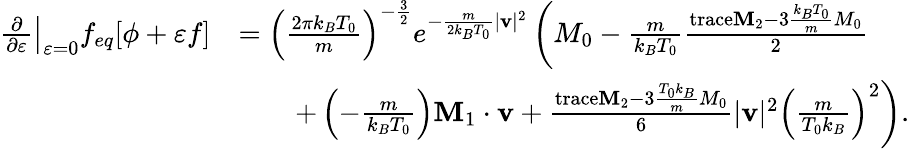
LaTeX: \begin{array}{rl}{\left.\frac{\partial}{\partial\varepsilon}\right|_{\varepsilon=0}f_{eq}[\phi+\varepsilon f]}&{=\left(\frac{2\pi k_{B}T_{0}}{m}\right)^{-\frac{3}{2}}e^{-\frac{m}{2k_{B}T_{0}}|\mathbf{v}|^{2}}\left(M_{0}-\frac{m}{k_{B}T_{0}}\frac{\mathrm{trace}\mathbf{M}_{2}-3\frac{k_{B}T_{0}}{m}M_{0}}{2}\right.}\\ &{\qquad\left.+\left(-\frac{m}{k_{B}T_{0}}\right)\mathbf{M}_{1}\cdot\mathbf{v}+\frac{\mathrm{trace}\mathbf{M}_{2}-3\frac{T_{0}k_{B}}{m}M_{0}}{6}|\mathbf{v}|^{2}\left(\frac{m}{T_{0}k_{B}}\right)^{2}\right).}\end{array}